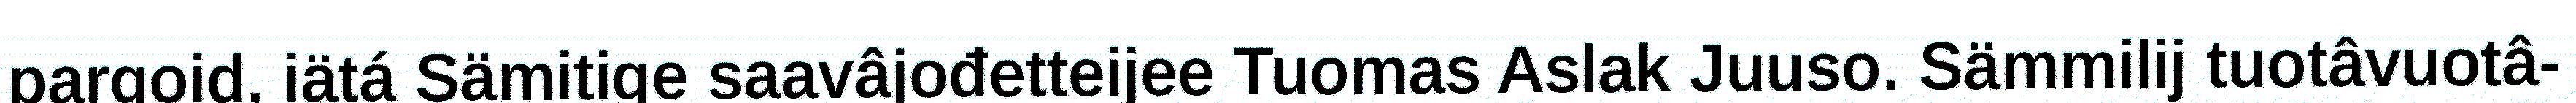
pargoid, iätá Sämitige saavâjođetteijee Tuomas Aslak Juuso. Sämmilij tuotâvuotâ-